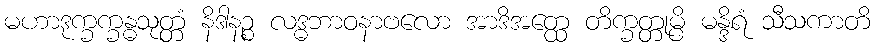
မဟာဒုက္ခက္ခန္ဓသုတ္တံ နိဒါနဉ္စ လဒ္ဓဘာဝနာဗလော အာဒိအတ္ထေ တိက္ခတ္တုမ္ပိ မန္ဒိရံ သီသကာတိ